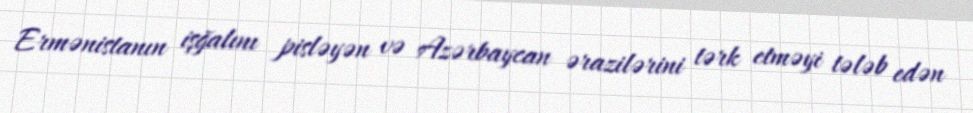
Ermənistanın işğalını pisləyən və Azərbaycan ərazilərini tərk etməyi tələb edən